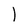
Character: 1